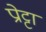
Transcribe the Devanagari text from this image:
प्रोट्टा